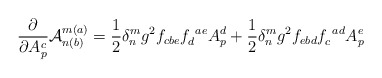
\begin{align*}\frac{\partial}{\partial A_p^c}{\cal A}_{n(b)}^{m(a)} =\frac{1}{2}\delta_n^mg^2f_{cbe}f_d^{~ae}A_p^d+\frac{1}{2}\delta_n^m g^2f_{ebd}f_c^{~ad}A_p^e\end{align*}